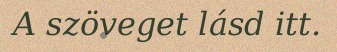
A szöveget lásd itt.